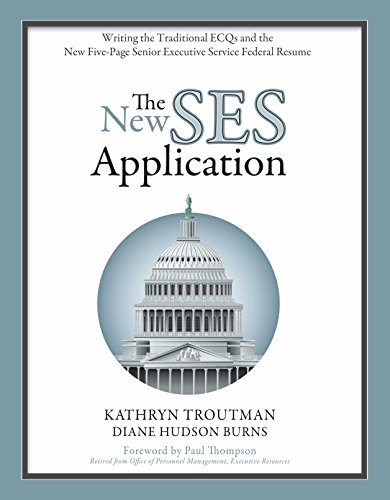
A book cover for The New SES Application: Writing the Traditional ECQs and the New Five-Page Senior Executive Service Federal Resume; Kathryn Troutman; Business & Money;